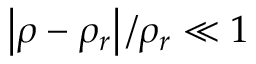
\left| \rho - \rho _ { r } \right| / \rho _ { r } \ll 1